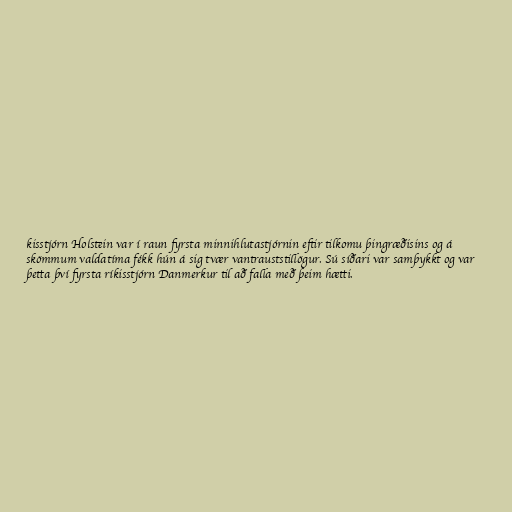
kisstjórn Holstein var í raun fyrsta minnihlutastjórnin eftir tilkomu þingræðisins og á
skömmum valdatíma fékk hún á sig tvær vantrauststillögur. Sú síðari var samþykkt og var
þetta því fyrsta ríkisstjórn Danmerkur til að falla með þeim hætti.